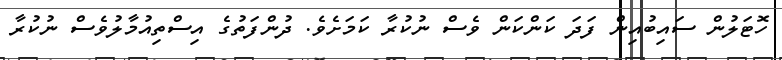
ހޮޓަލުން ސައިބުއިން ފަދަ ކަންކަން ވެސް ނުކުރާ ކަމަށެވެ. ދުންފަތުގެ އިސްތިއުމާލުވެސް ނުކުރާ